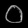
Digit: ၀